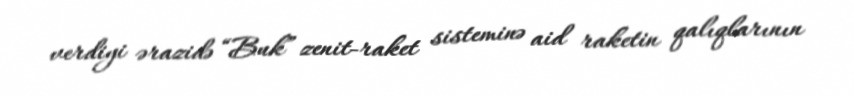
verdiyi ərazidə “Buk” zenit-raket sisteminə aid raketin qalıqlarının